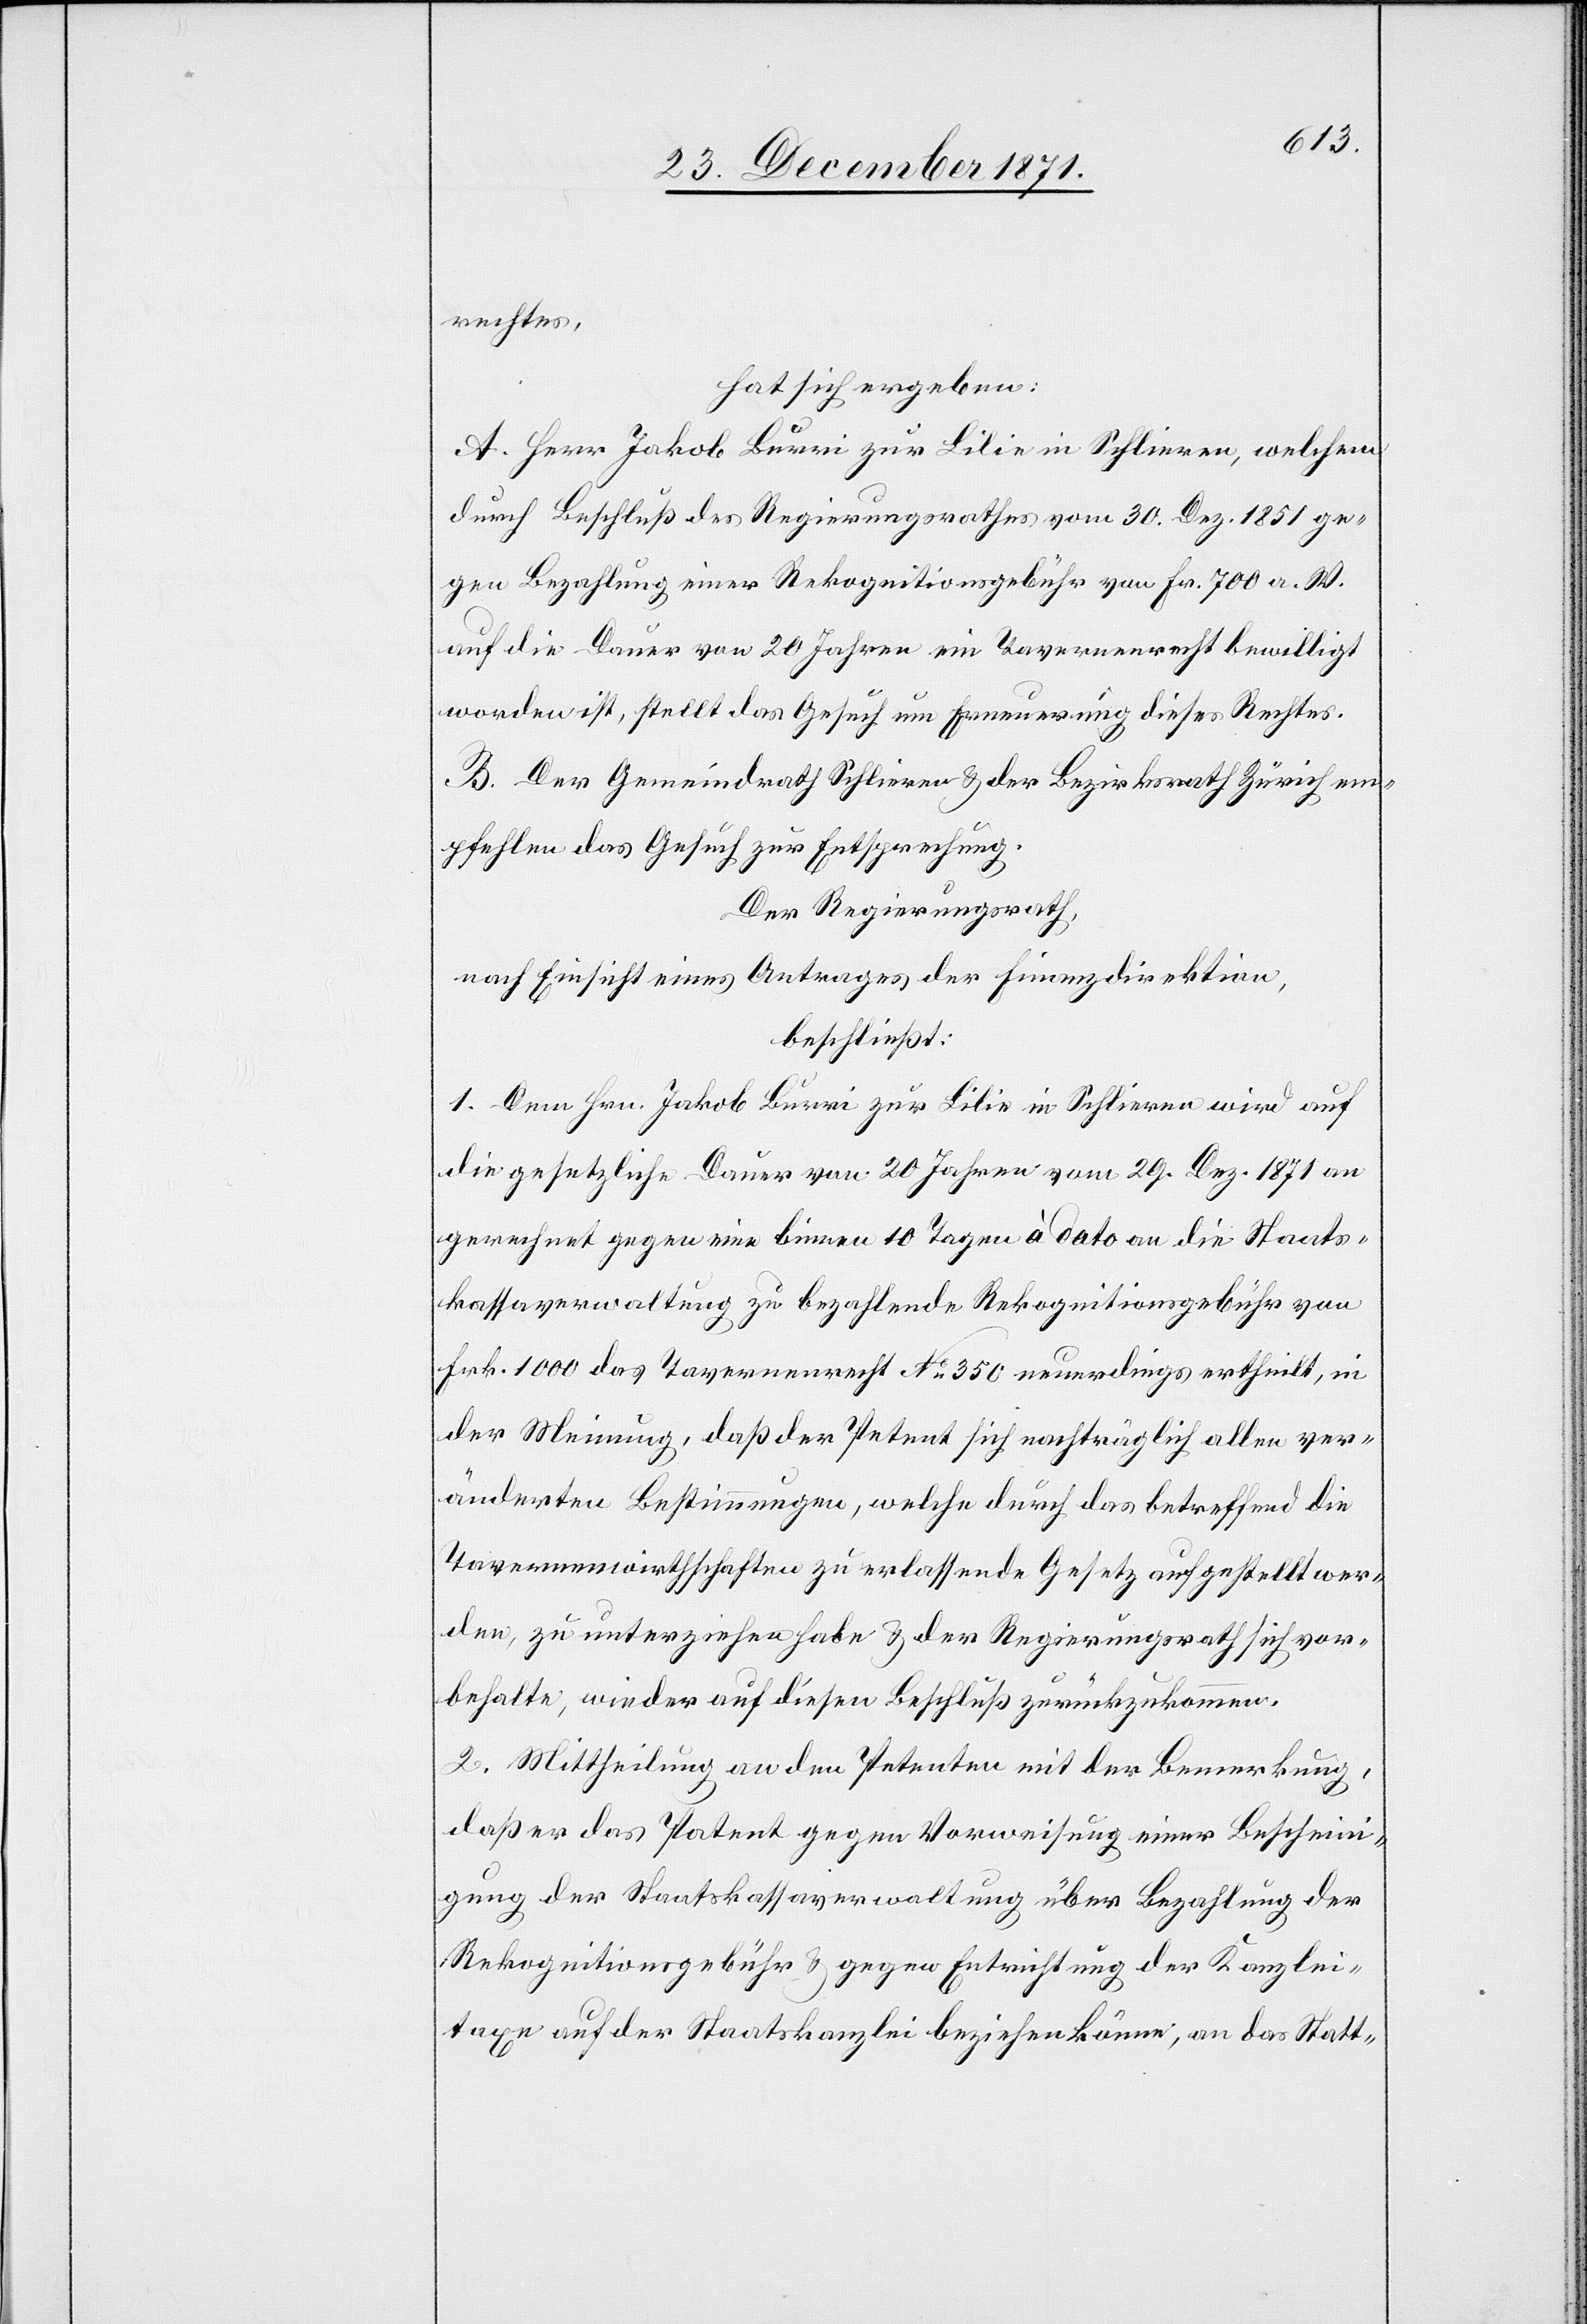
rechtes,
hat sich ergeben:
A. Herr Jakob Burri zur Lilie in Schlieren, welchem
durch Beschluß des Regierungsrathes vom 30. Dez. 1851 ge¬
gen Bezahlung einer Rekognitionsgebühr von Fr. 700 a. W.
auf die Dauer von 20 Jahren ein Tavernenrecht bewilligt
worden ist, stellt das Gesuch um Erneuerung dieses Rechtes.
B. Der Gemeindrath Schlieren & der Bezirksrath Zürich em¬
pfehlen das Gesuch zur Entsprechung.
Der Regierungsrath,
nach Einsicht eines Antrages der Finanzdirektion,
beschließt:
1. Dem Hrn. Jakob Burri zur Lilie in Schlieren wird auf
die gesetzliche Dauer von 20 Jahren vom 29. Dez. 1871 an
gerechnet gegen eine binnen 10 Tagen à dato an die Staats¬
kassaverwaltung zu bezahlende Rekognitionsgebühr von
Frk. 1000 das Tavernenrecht No 350 neuerdings ertheilt, in
der Meinung, daß der Petent sich nachträglich allen ver¬
änderten Bestimmungen, welche durch das betreffend die
Tavernenwirthschaften zu erlassende Gesetz aufgestellt wer¬
den, zu unterzeichnen habe & der Regierungsrath sich vor¬
behalte, wieder auf diesen Beschluß zurückzukommen.
2. Mittheilung an den Petenten mit der Bemerkung,
daß er das Patent gegen Vorweisung einer Bescheini¬
gung der Staatskassaverwaltung über Bezahlung der
Rekognitionsgebühr & gegen Entrichtung der Kanzlei¬
taxe auf der Staatskanzlei beziehen könne, an das Statt-